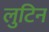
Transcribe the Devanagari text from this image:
लुटिन